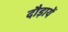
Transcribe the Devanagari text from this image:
दौड़ायें